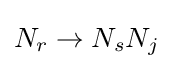
N_{r}\rightarrow N_{s}N_{j}